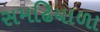
સમઢિયાળા